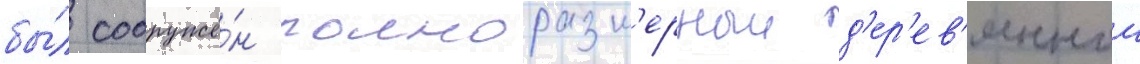
бы́л сооружё́н полноразм'ерныи д'ер'ев'янныи